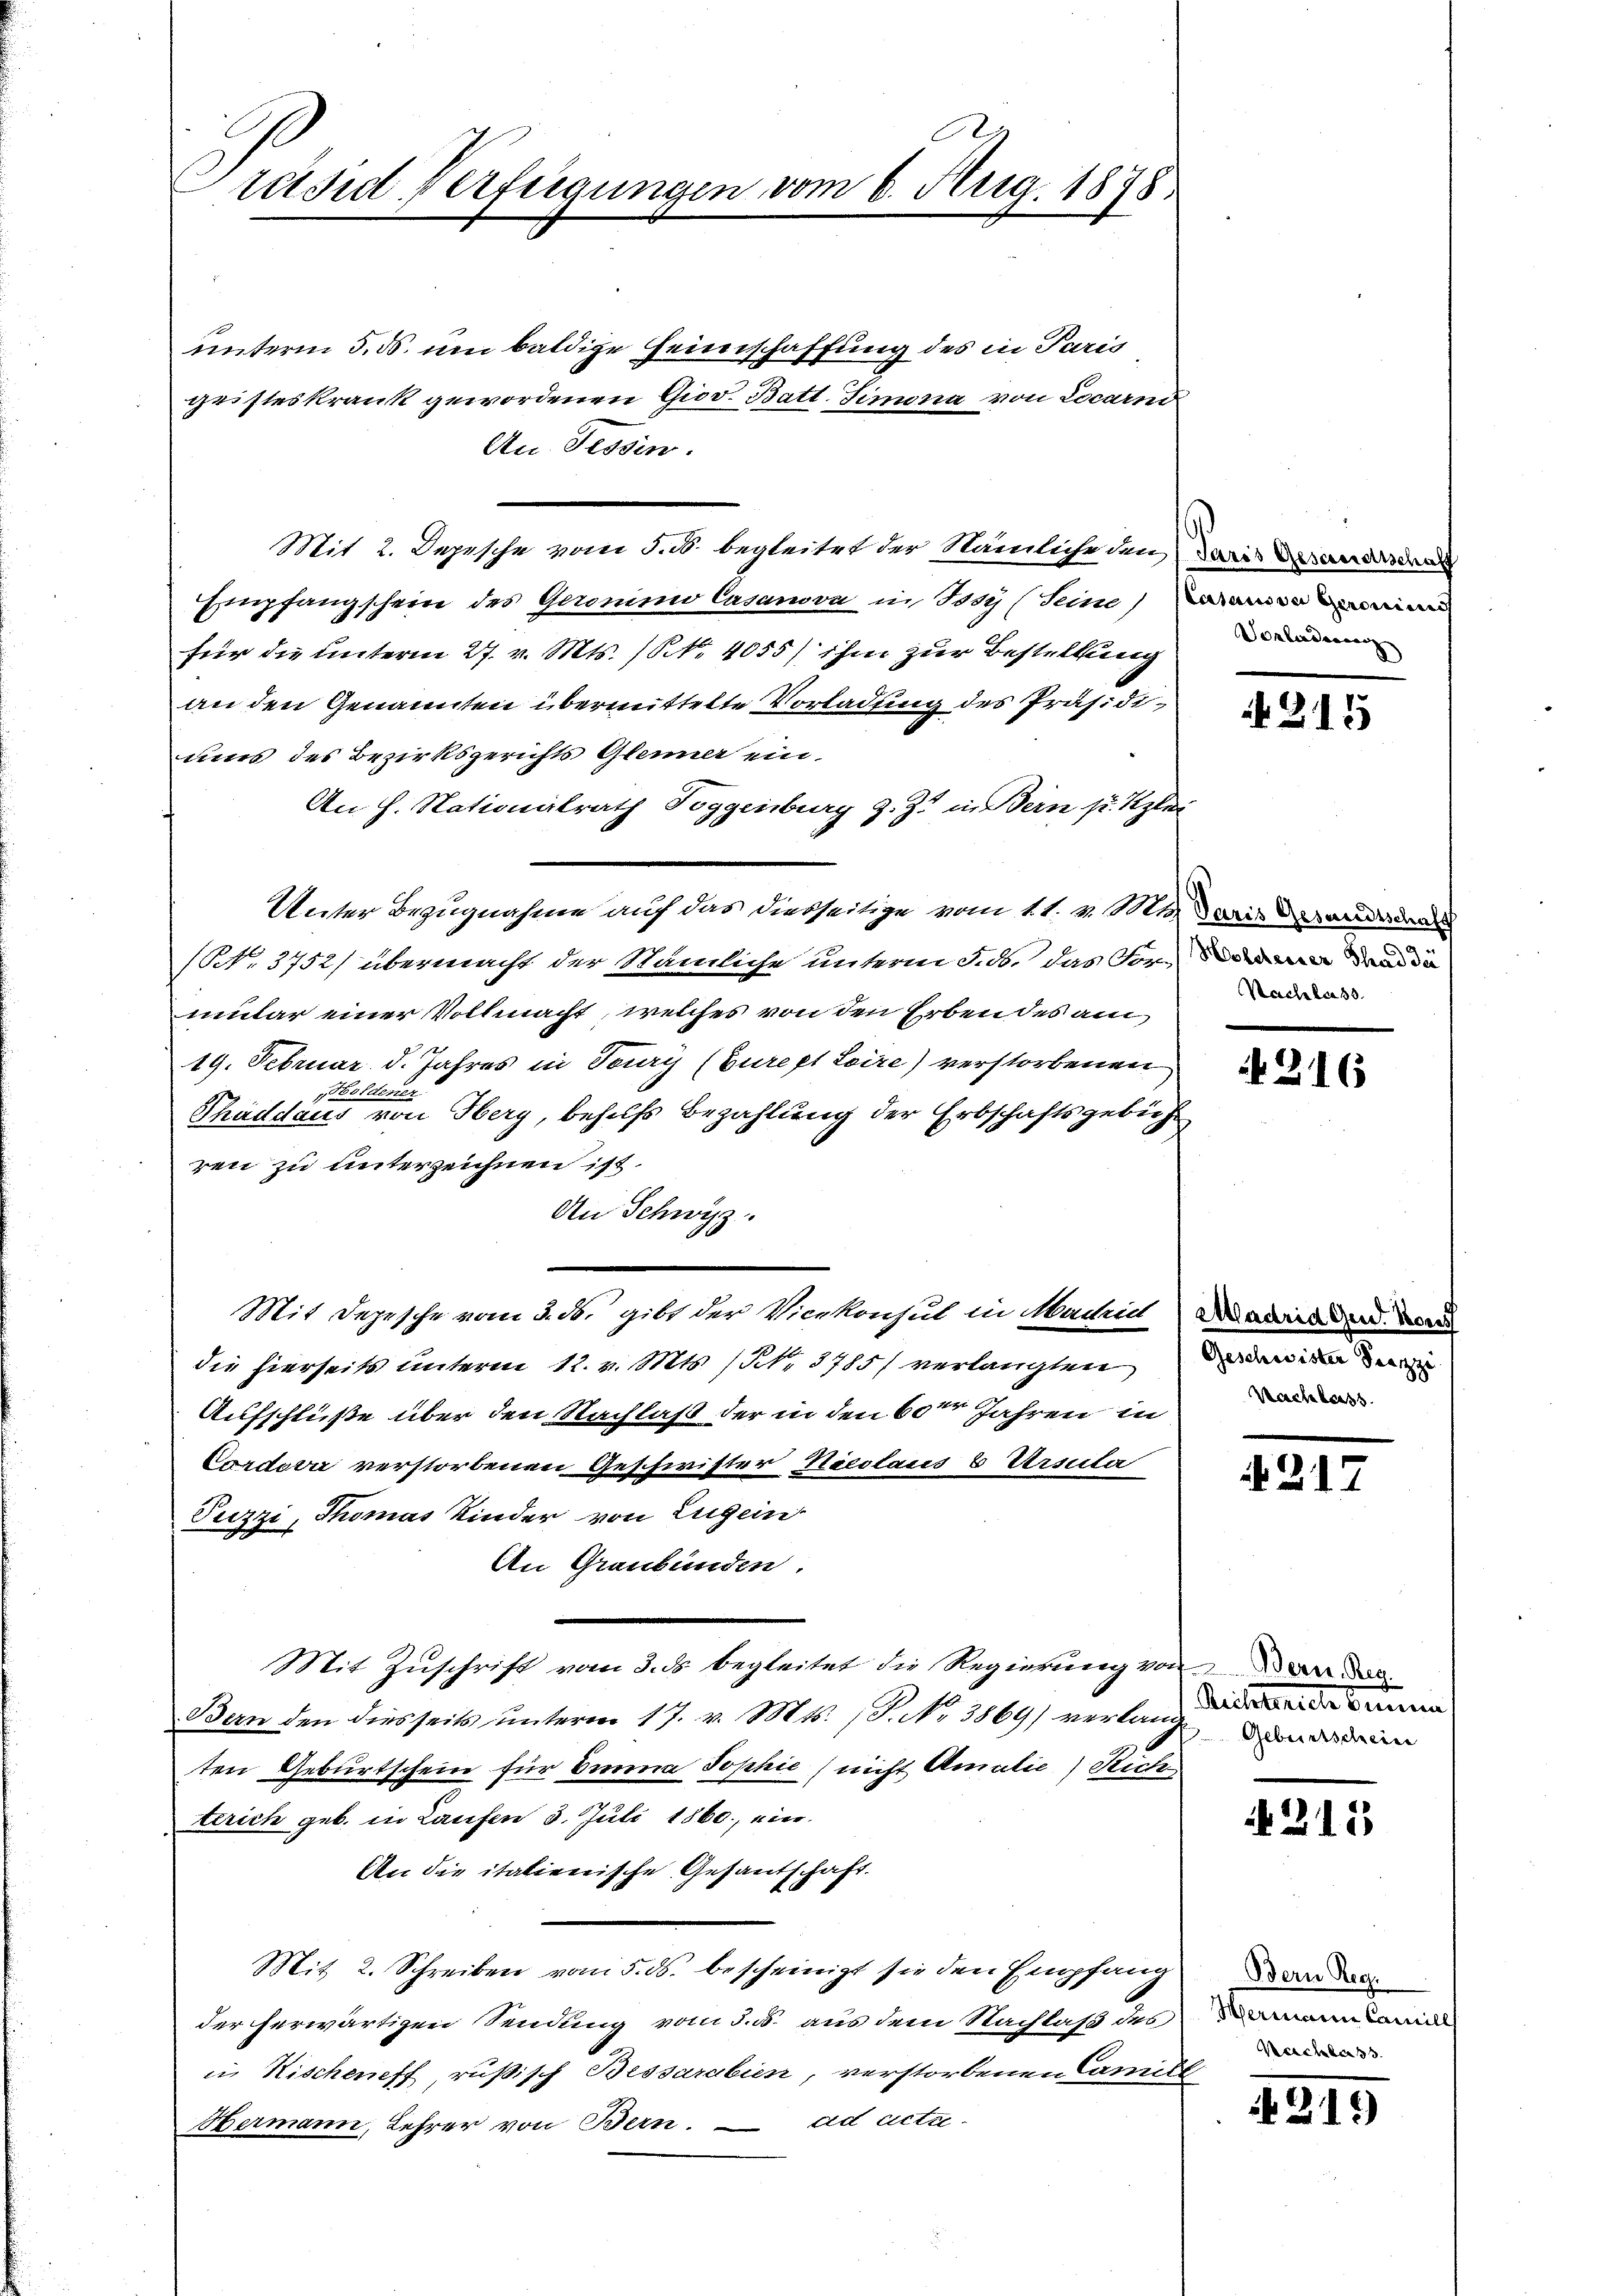
räsid Verfügungen vom 6. Aug. 1878

unterm 5. ds. um baldige Heimschaffung des in Paris
geisteskrank gewordenen Giov. Batt. Simona von Locarnd
An Tessin.
Mit 2. Depesche vom 5. d. begleitet der Nämliche den darin des ande
Empfangschein des Geronimo Casanova in Tosy (Seine
für die unterm 27. v. Mts. (N. 4055/ ihm zur Bestellung
an den Genannten übermittelte Vorladung des Präsidiuis des Bezirksgerichts Gleiner ein¬
An H. Nationalrath Toggenburg z. Z. in Bern p. Septer
Unter Bezugnahme auf das diesseitige vom 11. v. Mts. wie das andern
(NNo. 3752/ übermacht der Nämliche unterm 5. ds. das Vormular einer Vollmacht, welches von den Erben des am
19. Februar d. Jahres in Toury (Curept Loire) verstorbenen
Holdener
Thaddaus von Herg, behufs Bezahlung der Erbschaftsgebühr
ren zu unterzeichnen ist.
An Schwyz.
Mit Depesche vom 3. ds. gibt der Vicekonsul in Madrid
die hierseits unterm 12. v. Mts. (NNo. 3785) verlangten
Aufschlüße über den Nachlaß der in den 60ten Jahren in
Cordova verstorbenen Geschwister Nicolaus 6 Ursula
Puzzi, Thomas Kinder von Eugen
An Graubünden.
Mit Zŭschrift vom 3. ds. begleitet die Regierung von der
Bern den diesseits ŭnterm 17. v. Mts., P. N. 3869) verland
ten Geburtschein für Einna Sophie (nicht Amalie) Rich
terich geb. in Laufen 3. Juli 1860, ein
An die italienische Gesandschaft.
Mit 2. Schreiben vom 5. ds. bescheinigt sie den Empfang
der herwärtigen Sendung vom 3. 5. aus dem Nachlaß des
in Kischeff rußisch Bessarabien, verstorbenen Camill
ad Acta
Hermann, Lehrer von Bern.

Vorladung

N 215

Nachler 33.

N 216

Madrid Gen. Vor
Geschwister Franzi
Nachbarss

215

Richtersche Bauma
Geburtscheine

315

Bern Reg.
Wermann Camill
Beschlass

212)